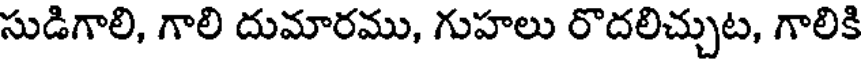
సుడిగాలి, గాలి దుమారము, గుహలు రొదలిచ్చుట, గాలికి